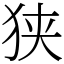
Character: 狭